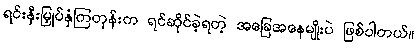
ရင်းနှီးမြှုပ်နှံကြတုန်းက ရင်ဆိုင်ခဲ့ရတဲ့ အခြေအနေမျိုးပဲ ဖြစ်ပါတယ်။